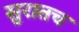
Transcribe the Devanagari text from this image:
सुरातच